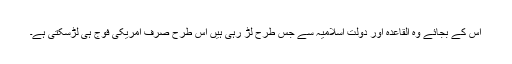
اس کے بجائے وہ القاعدہ اور دولت اسلامیہ سے جس طرح لڑ رہی ہیں اس طرح صرف امریکی فوج ہی لڑسکتی ہے۔